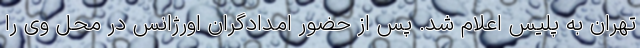
تهران به پلیس اعلام شد. پس از حضور امدادگران اورژانس در محل وی را